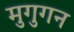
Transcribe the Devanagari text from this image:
मुगुगन